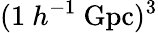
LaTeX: (1\ h^{-1}\ \mathrm{Gpc})^{3}